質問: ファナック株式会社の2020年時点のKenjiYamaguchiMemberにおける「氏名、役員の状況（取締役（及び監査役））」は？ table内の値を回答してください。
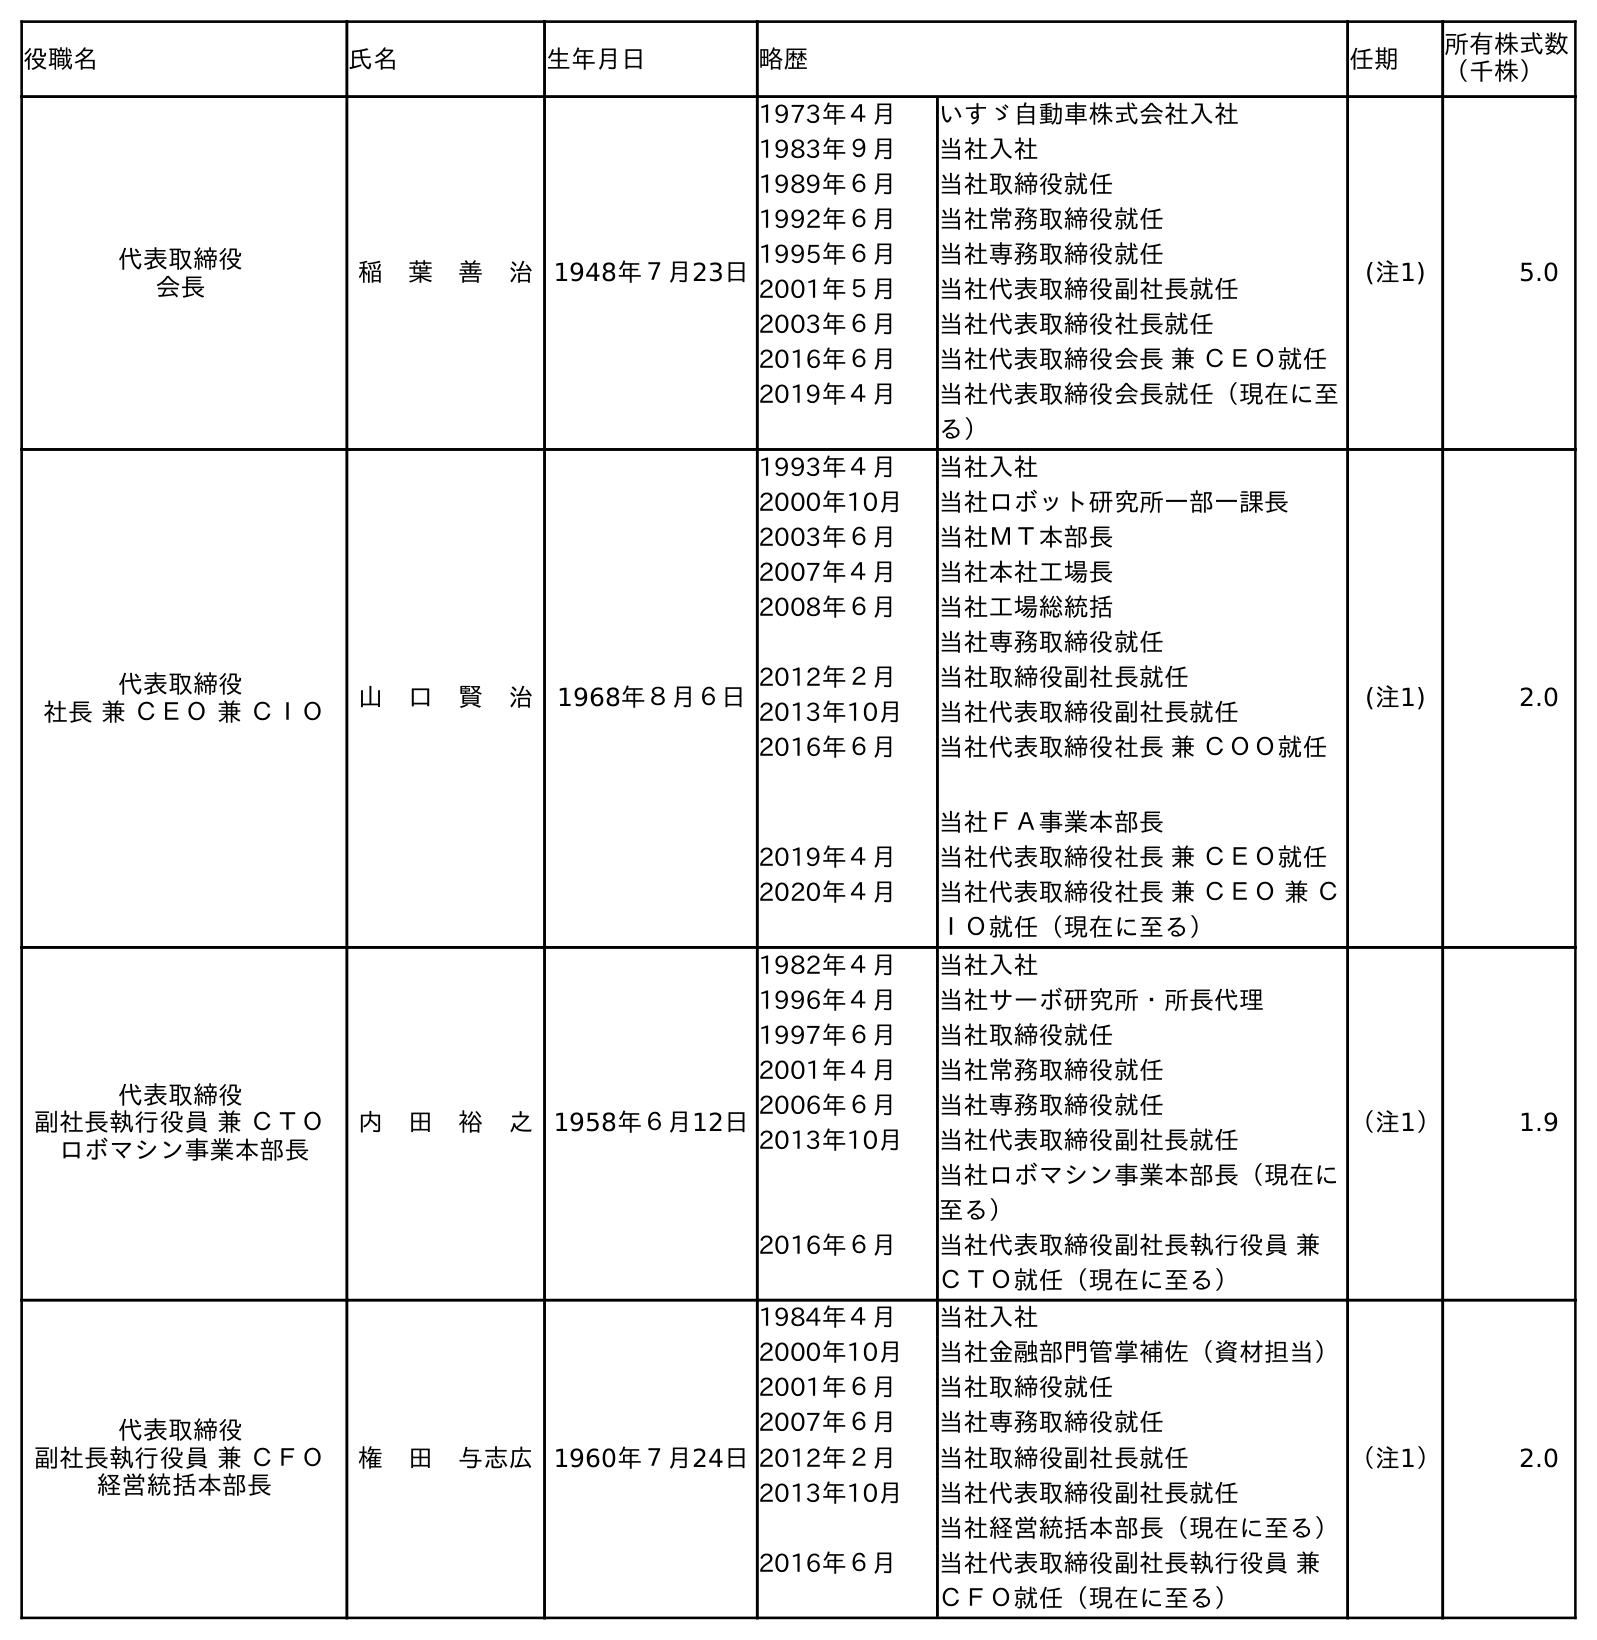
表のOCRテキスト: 役職名 氏名 生年月日 略歴 任期 所有株式数 （千株） 代表取締役 会長 稲 葉 善 治 1948年７月23日 1973年４月 いすゞ自動車株式会社入社 1983年９月 当社入社 1989年６月 当社取締役就任 1992年６月 当社常務取締役就任 1995年６月 当社専務取締役就任 2001年５月 当社代表取締役副社長就任 2003年６月 当社代表取締役社長就任 2016年６月 当社代表取締役会長 兼 ＣＥＯ就任 2019年４月 当社代表取締役会長就任（現在に至 る） (注1) 5.0 代表取締役 社長 兼 ＣＥＯ 兼 ＣＩＯ 山 口 賢 治 1968年８月６日 1993年４月 当社入社 2000年10月 当社ロボット研究所一部一課長 2003年６月 当社ＭＴ本部長 2007年４月 当社本社工場長 2008年６月 当社工場総統括 当社専務取締役就任 2012年２月 当社取締役副社長就任 2013年10月 当社代表取締役副社長就任 2016年６月 当社代表取締役社長 兼 ＣＯＯ就任 当社ＦＡ事業本部長 2019年４月 当社代表取締役社長 兼 ＣＥＯ就任 2020年４月 当社代表取締役社長 兼 ＣＥＯ 兼 Ｃ ＩＯ就任（現在に至る） (注1) 2.0 代表取締役 副社長執行役員 兼 ＣＴＯ ロボマシン事業本部長 内 田 裕 之 1958年６月12日 1982年４月 当社入社 1996年４月 当社サーボ研究所・所長代理 1997年６月 当社取締役就任 2001年４月 当社常務取締役就任 2006年６月 当社専務取締役就任 2013年10月 当社代表取締役副社長就任 当社ロボマシン事業本部長（現在に 至る） 2016年６月 当社代表取締役副社長執行役員 兼 ＣＴＯ就任（現在に至る） （注1） 1.9 代表取締役 副社長執行役員 兼 ＣＦＯ 経営統括本部長 権 田 与志広 1960年７月24日 1984年４月 当社入社 2000年10月 当社金融部門管掌補佐（資材担当） 2001年６月 当社取締役就任 2007年６月 当社専務取締役就任 2012年２月 当社取締役副社長就任 2013年10月 当社代表取締役副社長就任 当社経営統括本部長（現在に至る） 2016年６月 当社代表取締役副社長執行役員 兼 ＣＦＯ就任（現在に至る） （注1） 2.0
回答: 山　口　賢　治